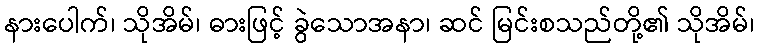
နားပေါက်၊ သိုအိမ်၊ ဓားဖြင့် ခွဲသောအနာ၊ ဆင် မြင်းစသည်တို့၏ သိုအိမ်၊